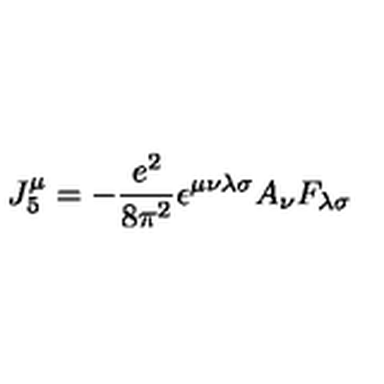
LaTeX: J _ { 5 } ^ { \mu } = - \frac { e ^ { 2 } } { 8 \pi ^ { 2 } } \epsilon ^ { \mu \nu \lambda \sigma } A _ { \nu } F _ { \lambda \sigma }